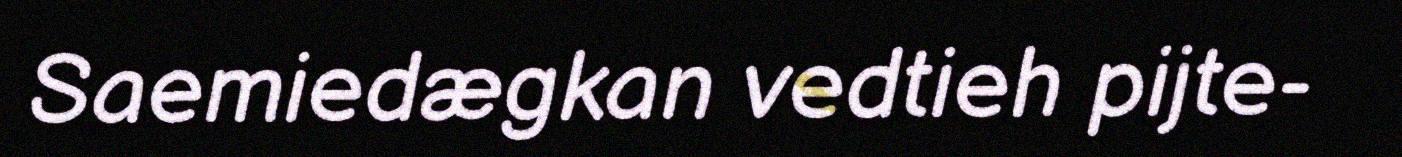
Saemiedægkan vedtieh pijte-